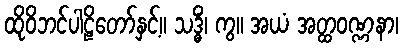
ထိုဝိဘင်ပါဠိတော်နှင့်။ သဒ္ဓိံ၊ ကွ။ အယံ အတ္ထဝဏ္ဏနာ၊